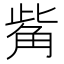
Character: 觜